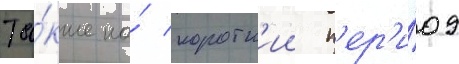
Та́кже на́ коротк'ии п'ер'и́од